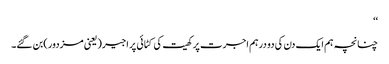
‘‘
چنانچہ ہم ایک دن کی دو درہم اجرت پر کھیت کی کٹائی پر اجیر(یعنی مزدور)بن گئے۔